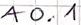
Text: A0.1